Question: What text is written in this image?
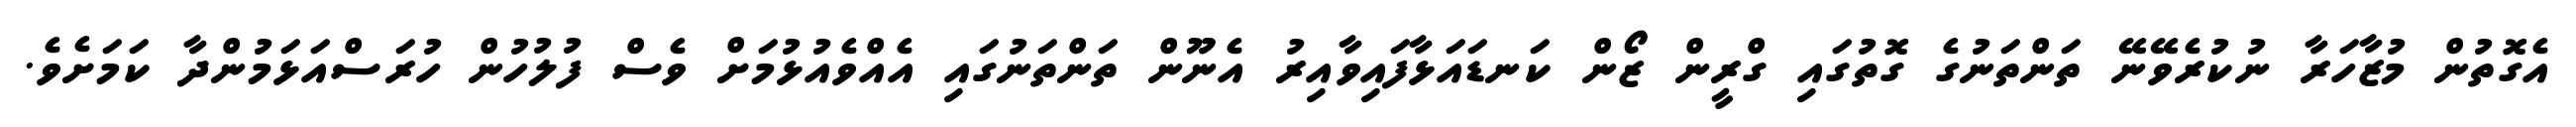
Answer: އެގޮތުން މުޒާހަރާ ނުކުރެވޭނޭ ތަންތަނުގެ ގޮތުގައި ގްރީން ޒޯން ކަނޑައަޅާފައިވާއިރު އެނޫން ތަންތަނުގައި އެއްވެއުޅުމަށް ވެސް ފުލުހުން ހުރަސްއަޅަމުންދާ ކަމަށެވެ.